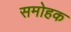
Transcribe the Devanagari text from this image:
समोहक